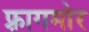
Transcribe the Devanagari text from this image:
फ़्रागमोर